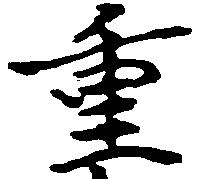
重